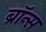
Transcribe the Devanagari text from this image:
ब्रॉन्‍स